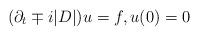
LaTeX: \begin{align*}(\partial_t \mp i|D|) u = f, u(0) = 0\end{align*}